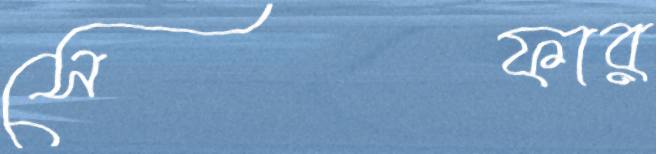
সেফার